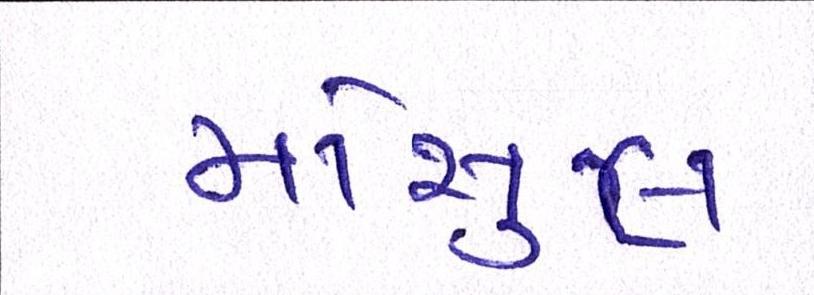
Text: મોસુલ